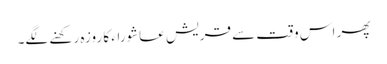
پھر اس وقت سے قریش عاشوراء کا روزہ رکھنے لگے۔